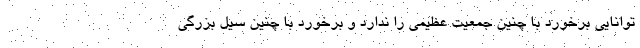
توانایی برخورد با چنین جمعیت عظیمی را ندارد و برخورد با چنین سیل بزرگی